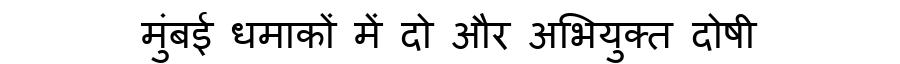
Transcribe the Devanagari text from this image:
मुंबई धमाकों में दो और अभियुक्त दोषी